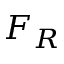
F _ { R }